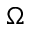
\Omega